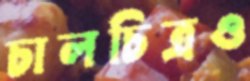
চালচিত্রও